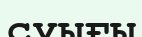
суығы